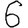
Digit: 6